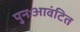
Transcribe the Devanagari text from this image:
पुनःआवंटित